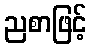
ညစာဖြင့်